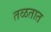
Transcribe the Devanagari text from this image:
तळतात